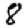
Digit: 8